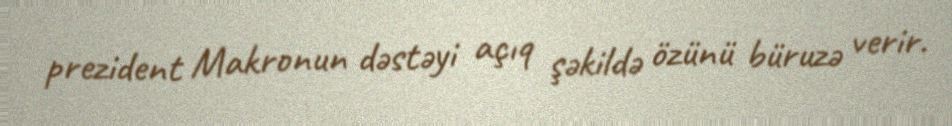
prezident Makronun dəstəyi açıq şəkildə özünü büruzə verir.